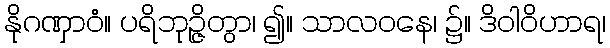
နိုဂဏှာဝံ။ ပရိဘုဉ္ဇိတွာ၊ ၍။ သာလဝနေ၊ ၌။ ဒိဝါဝိဟာရ၊